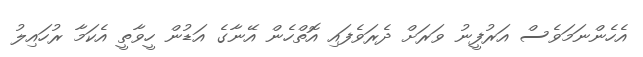
އެހެންނަމަވެސް އަރުފީނު ވަރަށް ދެރަވެފައި އޮތްހެން އޭނާގެ އަޑުން ހީވާތީ އެކަމާ ރުހައިލު